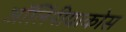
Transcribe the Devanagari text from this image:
ऑलिंपीयाकोस